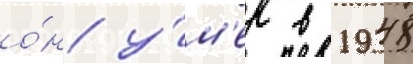
о́н у́м'ер в 1948